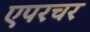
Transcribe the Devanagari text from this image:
एपरचर